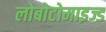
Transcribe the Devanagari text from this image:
लोबोटोमाइज्ड